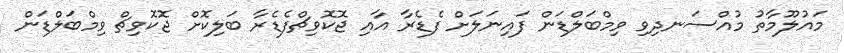
މައުލޫމާތު މުއްސަނދިވި ވިމްބަލްޑަން ފައިނަލަށް ފެޑެރާ އާއި ޖޮކޮވިޗްފެޑެރާ ބަލިކޮށް ޖޮކޮވިޗް ވިމްބަލްޑަން